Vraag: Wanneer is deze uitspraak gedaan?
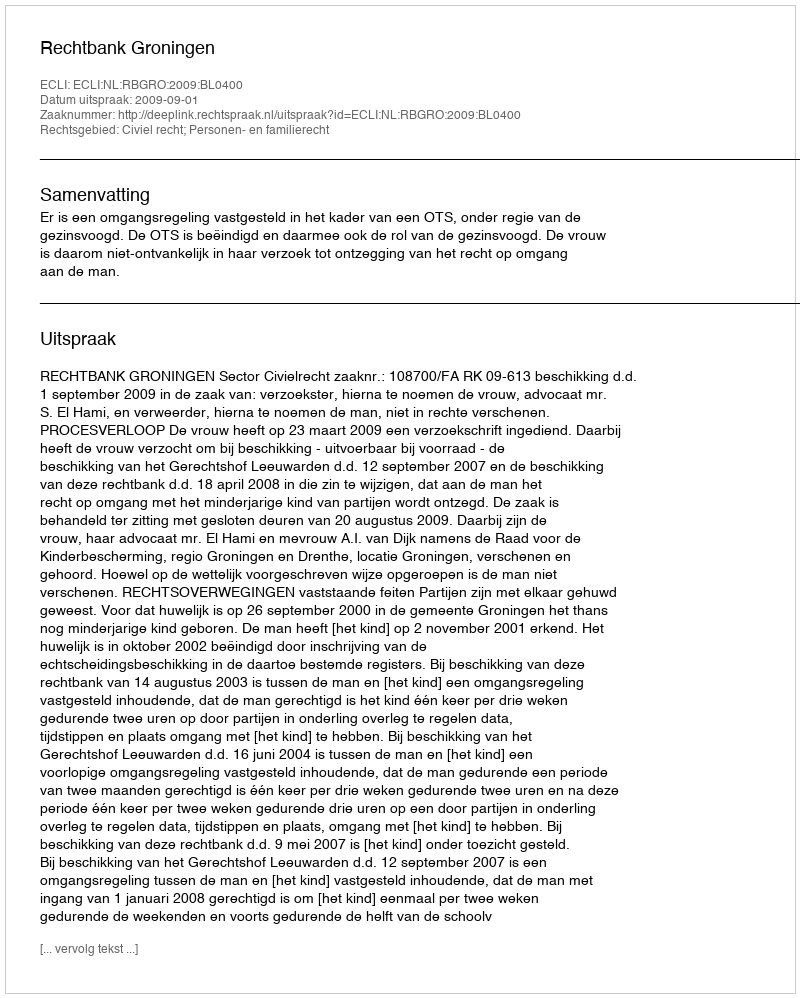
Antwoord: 2009-09-01